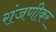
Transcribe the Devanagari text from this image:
रांजणीकर